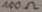
Text: 100Ω